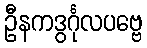
ဦနကဒွင်္ဂုလပဗ္ဗေ